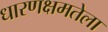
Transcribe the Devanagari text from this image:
धारणक्षमतेला